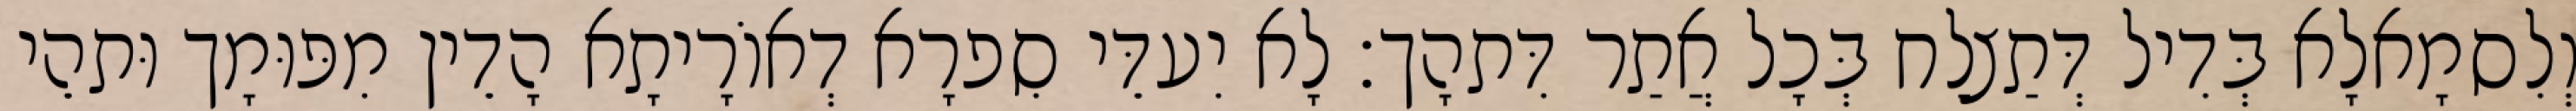
וְלִסמָאלָא בְּדִיל דְּתַצלַח בְּכָל אֲתַר דִּתהָך׃ לָא יִעדֵּי סִפרָא דְאוֹרָיתָא הָדֵין מִפּוּמָך וּתהֵי